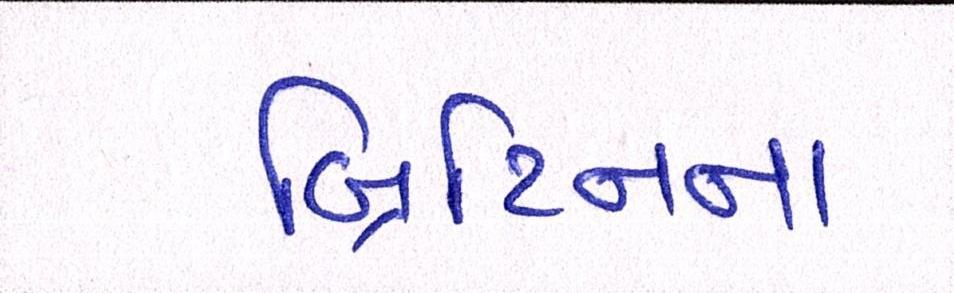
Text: બ્રિટિનના